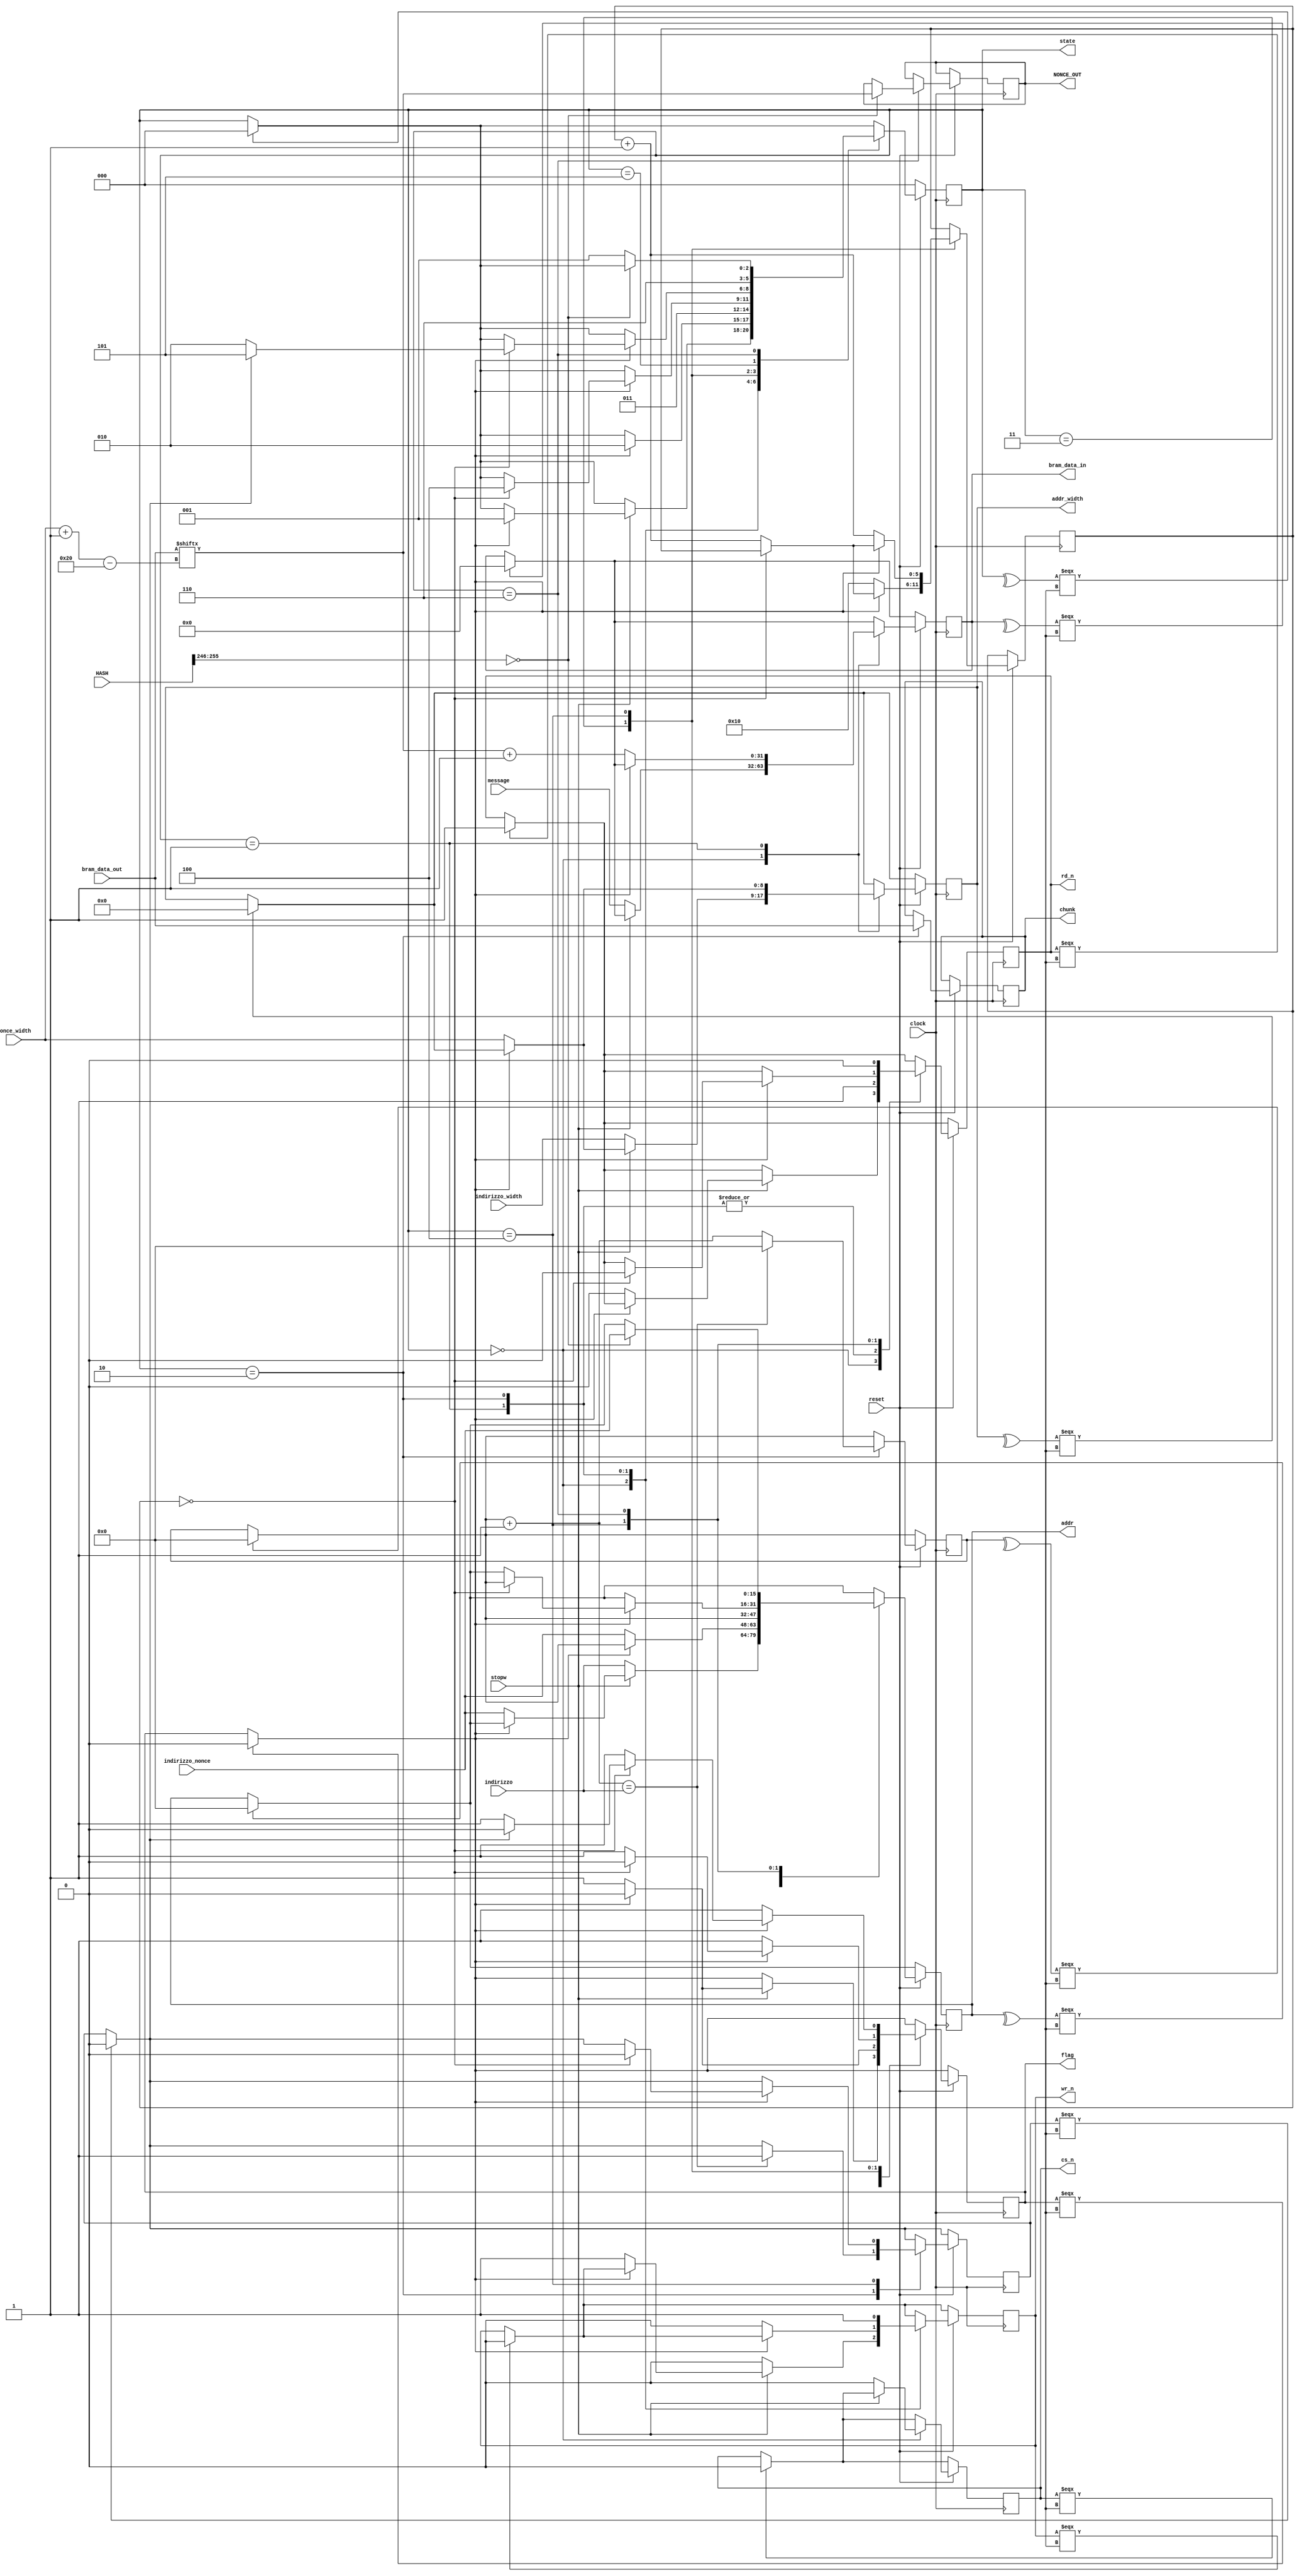
`timescale 1ns / 1ps

module Mining_FSM(
    input clock,
    input reset,   
    input stopw,              
    input wire [255:0] HASH,    
    input [15:0] indirizzo,
    input [15:0] indirizzo_nonce,
    input [8:0] indirizzo_width,
    input [8:0] nonce_width,
    input [31:0] message,
    input [511:0] bram_data_out,
    
    output reg flag,    
    output reg [511:0] chunk,
    output reg [31:0] bram_data_in,
    output reg cs_n,
    output reg wr_n, 
    output reg rd_n,
    output reg [15:0] addr,
    output reg [8:0] addr_width,
    output reg [2:0] state,
    output reg [31:0] NONCE_OUT    
    );
    
    reg [15:0] index;
    reg fine;     
    reg [31:0] nonce_attuale; 
    reg [5:0] indice; 
         
    always@(posedge clock) begin
        if (^state === 1'bx) state <= 3'h0;
        if (^wr_n === 1'bx) wr_n = 1'b0;
        if (^rd_n === 1'bx) rd_n = 1'b1;
        if (^cs_n === 1'bx) cs_n = 1'b0;
        if (^index === 1'bx) index = 1'b0;
        if (^fine === 1'bx) fine = 1'b0;       
        if (^bram_data_in === 1'bx) bram_data_in = 32'h0;
        if (^addr === 1'bx) addr = 16'h0;
        if (^addr_width === 1'bx) addr_width = 9'h0;   
        if (^flag === 1'bx) flag = 1'b0;                 
        
        //reset
        if (reset == 1'b0) begin
            state <= 3'h0;           
        end              
        else begin               
        
        case (state)                    
                                
            3'h0: begin
                    if (stopw) begin
                        if (~flag) begin                                            
                            wr_n = 1'b1;
                            rd_n = 1'b0;                           
                            addr = indirizzo_nonce;
                            addr_width = nonce_width;
                            flag = 1;
                        end
                        else begin
                            state <= 3'h1;
                            flag = 0;
                        end                                             
                    end
                    else begin  
                        addr = indirizzo;
                        addr_width = indirizzo_width;
                        bram_data_in = message;                     
                        cs_n = 1'b0;
                        wr_n = 1'b0;                  
                    end
                     
                  end 
                                                         
            3'h1: begin
                    if (~flag) begin
                        addr = indirizzo_nonce;
                        addr_width = nonce_width;
                        bram_data_in = bram_data_out[nonce_width-:32] + 1;                                              
                        flag = 1; 
                        rd_n = 1'b1;
                        wr_n = 1'b0;                                            
                    end
                    else begin                                               
                        state <= 3'h2;
                        flag = 0;
                        rd_n = 1'b1;                       
                        addr = index;                                              
                    end        
                  end
                                                                 
            3'h2: begin 
                    addr = index;                                     
                    chunk = bram_data_out;                                                                                                                  
                    index = index + 1;
                    state <= 3'h3;
                    
                    if (index == indirizzo) begin                                                                                            
                        fine = 1'b1;
                        index = 16'h0;
                    end
                    rd_n = 1'b1;
                    wr_n = 1'b1;
                  end
            
            3'h3: begin                   
                    if (~flag) begin
                        indice = 6'd16;
                        flag = 1;
                    end                    
                    else begin
                        if (indice == 6'h0) begin
                            state <= 3'h4;
                            flag = 1'b0;                          
                        end
                        else begin
                            indice = indice + 1;                           
                        end                                                    
                    end
                  end
                     
            3'h4: begin
                    if (flag) begin
                        if (indice == 6'h0) begin                  
                            addr = index;
                            rd_n = 1'b0;
                            if (fine) begin
                                state <= 3'h5;
                                fine = 1'b0;
                                flag = 1'b0;
                            end
                            else state <= 3'h2;
                        end
                        else indice = indice + 1;
                     end
                     else begin
                        flag = 1'b1;
                        indice = indice + 1;
                     end           
                  end
                  
            3'h5: state <= 3'h6;
                  
            3'h6: begin
                if (HASH[255-:10] == 10'h0) begin                                      
                    addr = indirizzo_nonce; 
                    rd_n = 1'b0;                                              
                    NONCE_OUT = bram_data_out[nonce_width-:32];                                             
                end
                else begin
                    state <= 3'h1;                                     
                    rd_n = 1'b0; 
                end
            end
            
        endcase
        end
    end
    
endmodule